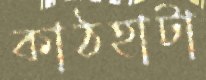
কাঠহাটা